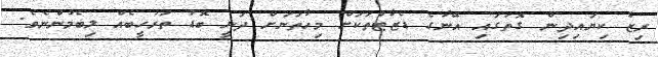
ރިޒާ ކިޔައިދިން ގޮތުގައި އޭނާގެ ޑެޒާޓްތަކަށް މިހާތަނަށް ދަނީ ބޮޑު ތަރުހީބެއް ލިބެމުންނެވެ.